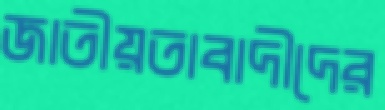
জাতীয়তাবাদীদের